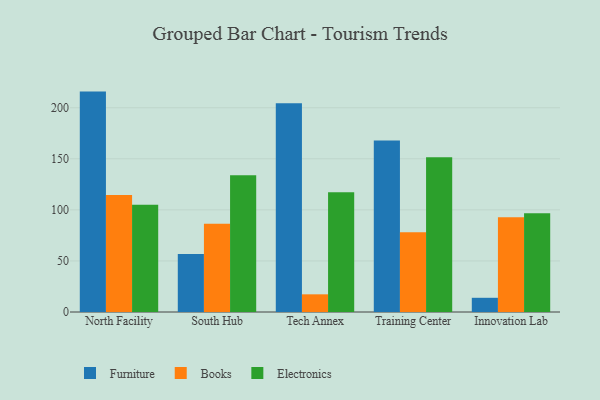
{"axis": {"x": "Campus", "y": "Conversion Rate (%)"}, "legend": ["Books", "Electronics", "Furniture"], "data": [{"x": "North Facility", "y": 215.8, "type": "Furniture"}, {"x": "North Facility", "y": 114.6, "type": "Books"}, {"x": "North Facility", "y": 105.0, "type": "Electronics"}, {"x": "South Hub", "y": 56.7, "type": "Furniture"}, {"x": "South Hub", "y": 86.4, "type": "Books"}, {"x": "South Hub", "y": 134.0, "type": "Electronics"}, {"x": "Tech Annex", "y": 204.3, "type": "Furniture"}, {"x": "Tech Annex", "y": 17.3, "type": "Books"}, {"x": "Tech Annex", "y": 117.2, "type": "Electronics"}, {"x": "Training Center", "y": 167.9, "type": "Furniture"}, {"x": "Training Center", "y": 78.2, "type": "Books"}, {"x": "Training Center", "y": 151.5, "type": "Electronics"}, {"x": "Innovation Lab", "y": 13.9, "type": "Furniture"}, {"x": "Innovation Lab", "y": 92.7, "type": "Books"}, {"x": "Innovation Lab", "y": 96.8, "type": "Electronics"}]}